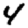
Digit: 4